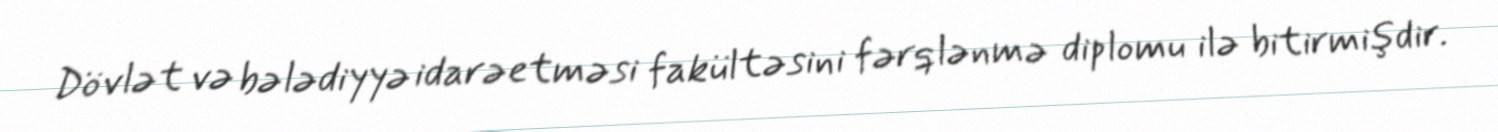
Dövlət və bələdiyyə idarəetməsi fakültəsini fərqlənmə diplomu ilə bitirmişdir.